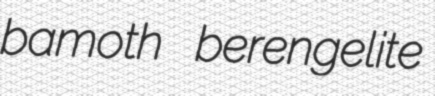
bamoth berengelite